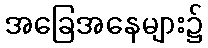
အခြေအနေများ၌